Civil Veterinary Department Bihar & Orissa reports 1922-29 - 1922-1929
Year: 1922
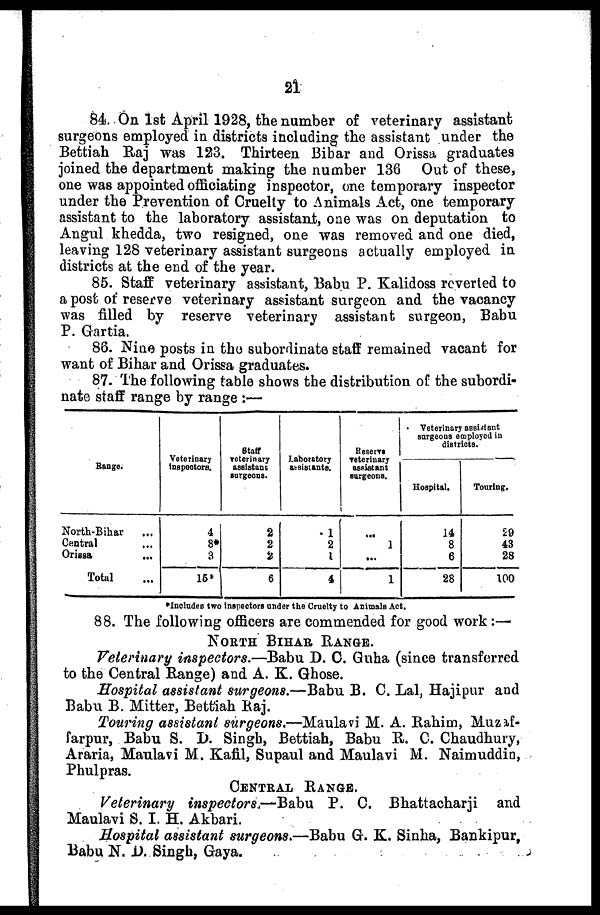
21
84. On 1st April 1928, the number of veterinary assistant
surgeons employed in districts including the assistant under the
Bettiah Raj was 123. Thirteen Bibar and Orissa graduates
joined the department making the number 136 Out of these,
one was appointed officiating inspector, one temporary inspector
under the Prevention of Cruelty to Animals Act, one temporary
assistant to the laboratory assistant, one was on deputation to
Angul khedda, two resigned, one was removed and one died,
leaving 128 veterinary assistant surgeons actually employed in
districts at the end of the year.
85. Staff veterinary assistant, Babu P. Kalidoss reverted to
a post of reserve veterinary assistant surgeon and the vacancy
was filled by reserve veterinary assistant surgeon, Babu
P. Gartia.
86. Nine posts in the subordinate staff remained vacant for
want of Bihar and Orissa graduates.
87. The following table shows the distribution of the subordi-
nate staff range by range :—
Range.
North-Bihar ...
Central ...
Orissa ...
Total ...
Veterinary
Inspectors.
4
8*
3
15*
Staff
veterinary
assistant
surgeons.
2
2
2
6
Laboratory
assistants.
1
2
1
4
Reserve
veterinary
assistant
Burgeons.
...
1
...
1
Veterinary assistant
surgeons employed in
districts.
Hospital.
14
8
6
28
Touring.
29
43
28
100
* Includes two inspectors under the Cruelty to Animals Act.
88. The following officers are commended for good work :—
NORTH BIHAR RANGE.
Veterinary inspectors.—Babu D. C. Guha (since transferred
to the Central Range) and A. K. Ghose.
Hospital assistant surgeons.—Babu B. C. Lal, Hajipur and
Babu B. Mitter, Bettiah Raj.
Touring assistant surgeons.—Maulavi M. A. Rahim, Muzif-
farpur, Babu S. D. Singh, Bettiah, Babu R. C. Chaudhury,
Araria, Maulavi M. Kafi1, Supaul and Maulavi M. Naimuddin,
Phulpras.
CENTRAL RANGE.
Veterinary inspectors—Babu
P. C. Bhattacharji and
Maulavi S. I. H. Akbari.
Hospital assistant surgeons.—Babu G. K. Sinha, Bankipur,
Babu N. D. Singh, Gaya.